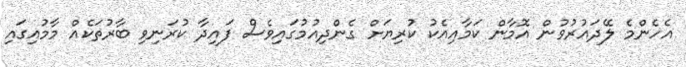
އެހެންމެ ލޭދައުރުވުން އޮމާން ކަމާއިއެކު ކުރިޔަށް ގެންދިއުމުގައިވެސް ފައިދާ ކުރަނިވި ބާރުތަކެއް މާމުއިގައި